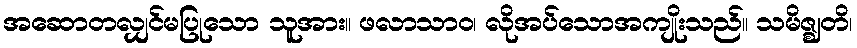
အဆောတလျှင်မပြုသော သူအား။ ဖလာသာဝ၊ လိုအပ်သောအကျိုးသည်။ သမိဇ္ဈတိ၊